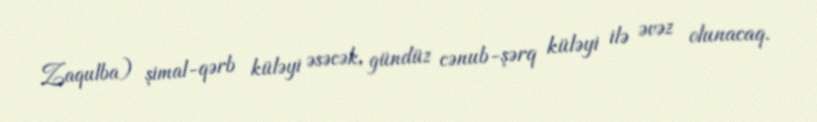
Zaqulba) şimal-qərb küləyi əsəcək, gündüz cənub-şərq küləyi ilə əvəz olunacaq.